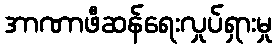
အာဏာဖီဆန်ရေးလှုပ်ရှားမှု